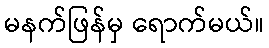
မနက်ဖြန်မှ ရောက်မယ်။